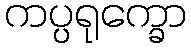
ကပ္ပရုက္ခော